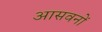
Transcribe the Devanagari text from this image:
आसवनों